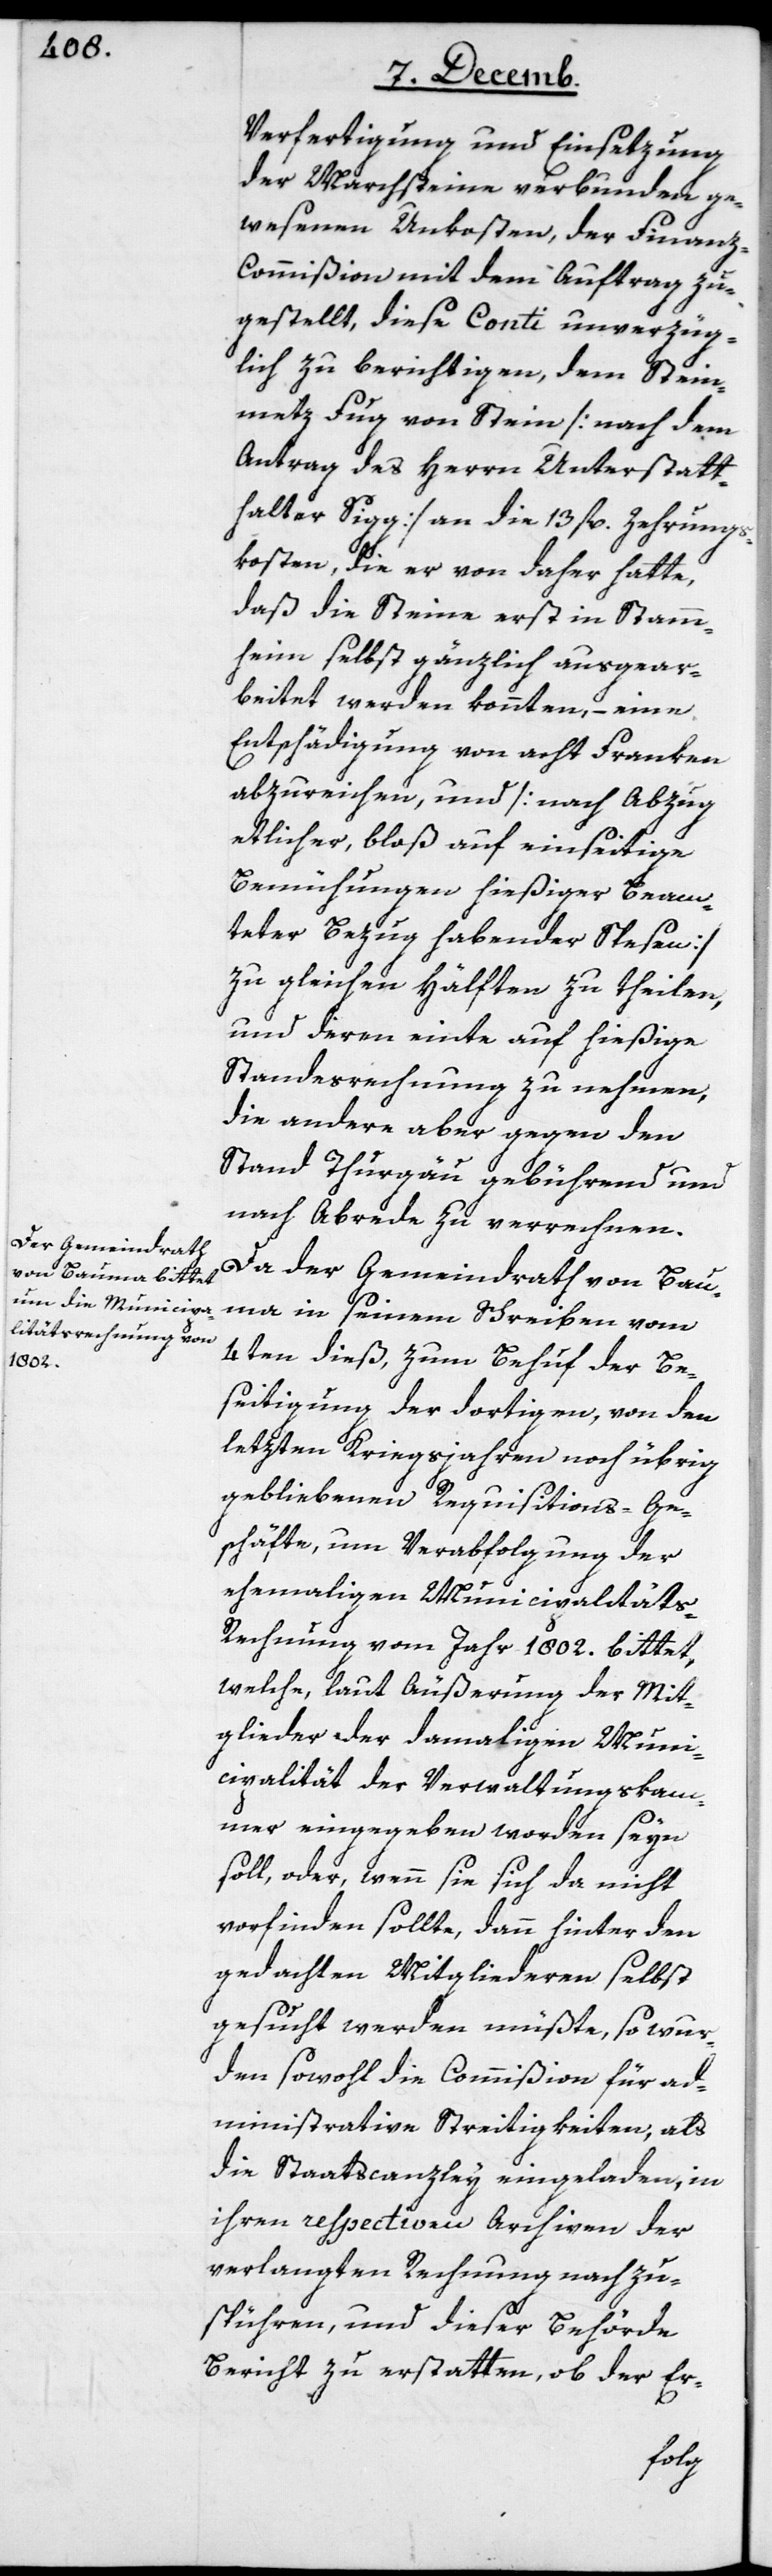
Verfertigung und Einsetzung
der Marchsteine verbunden ge¬
wesene Unkosten, der Finan¬
z-Commißion mit dem Auftrag zu¬
gestellt, diese Conti unverzüg¬
lich zu berichtigen, dem Stein¬
metz Fug von Stein [nach dem
Antrag des Herrn Unterstatt¬
halter Sigg] an die 13 fl. Zehrungs¬
kosten, die er von daher hatte,
daß die Steine erst in Stamm¬
heim selbst gänzlich ausgear¬
beitet werden konnten, – eine
Entschädigung von acht Franken
abzureichen, und [nach Abzug
etlicher, bloß auf einseitige
Bemühungen hießiger Beam¬
teter Bezug habender Spesen]
zu gleichen Hälften zu theilen,
und deren einte auf hießige
Standesrechnung zu nehmen,
die andere aber gegen den
Stand Thurgäu gebührend und
nach Abrede zu verrechnen.
Da der Gemeindrath von Bau¬
ma in seinem Schreiben vom
4ten dieß, zum Behuf der Be¬
seitigung der dortigen, von den
letzten Kriegsjahren noch übrig
gebliebenen Requisitions-Ge¬
schäfte, um Verabfolgung der
ehemahligen Municipalität¬
s-Rechnung vom Jahr 1802. bittet,
welche, laut Äußerung der Mit¬
glieder der damahligen Muni¬
cipalität der Verwaltungskam¬
mer eingegeben worden seyn
soll, oder wenn sie sich da nicht
vorfinden sollte, dann hinter den
gedachten Mitgliederen selbst
gesucht werden müßte, so wur¬
den sowohl die Commißion für ad¬
ministrative Streitigkeiten, als
die Staatscanzley eingeladen, in
ihren respectiven Archiven der
verlangten Rechnung nachzu¬
spühren, und dieser Behörde
Bericht zu erstatten, ob der Er-